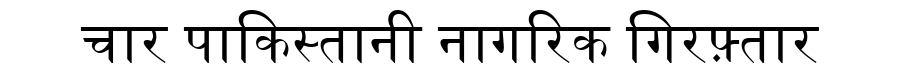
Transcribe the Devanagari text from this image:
चार पाकिस्तानी नागरिक गिरफ़्तार